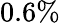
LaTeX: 0.6\%